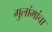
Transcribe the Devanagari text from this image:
गुलांमांचा